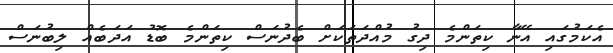
އެކަމުގައި އޭނާ ކިތަންމެ ދިގު މުއްދަތަކަށް ބެދުނަސް ކިތަންމެ ބޮޑު އަދަބެއް ލިބުނަސް